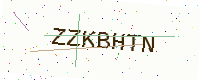
Text: ZZKBHTN